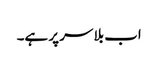
اب بلا سر پر ہے۔